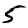
Digit: 5